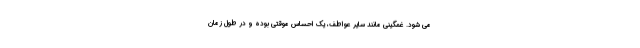
می شود. غمگینی مانند سایر عواطف، یک احساس موقتی بوده و در طول زمان